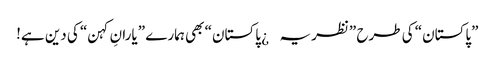
”پاکستان“ کی طرح ”نظریہ¿ پاکستان“ بھی ہمارے ”یارانِ کہن“ کی دین ہے!